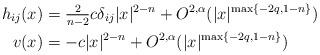
LaTeX: \begin{align*}h_{ij} (x)&= \tfrac{2}{n-2} c \delta_{ij} |x|^{2-n} + O^{2,\alpha}(|x|^{\max\{-2q, 1-n \}})\\v(x) &= -c |x|^{2-n} + O^{2,\alpha}(|x|^{\max\{-2q, 1-n \}})\end{align*}